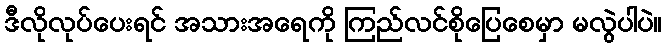
ဒီလိုလုပ်ပေးရင် အသားအရေကို ကြည်လင်စိုပြေစေမှာ မလွဲပါပဲ။